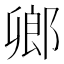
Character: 𨜮